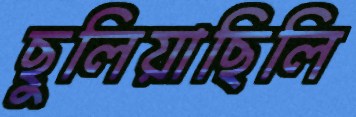
ছুলিয়াছিলি